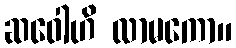
ဆဝေါဟိ လာမကော။